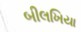
બીલખિયા